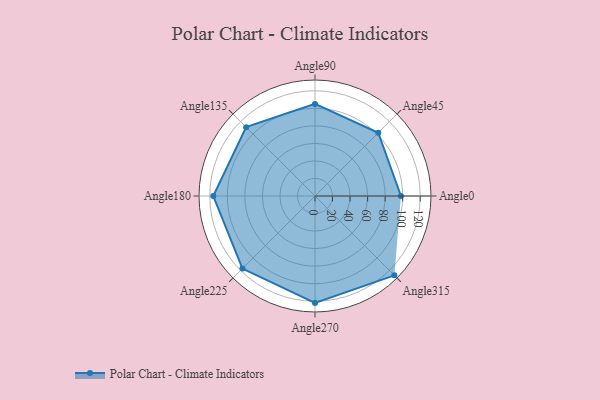
{"axis": {"x": "Angle", "y": "Radius"}, "legend": [""], "data": [{"x": "Angle0", "y": 98.0, "type": ""}, {"x": "Angle45", "y": 102.0, "type": ""}, {"x": "Angle90", "y": 105.0, "type": ""}, {"x": "Angle135", "y": 111.0, "type": ""}, {"x": "Angle180", "y": 116.0, "type": ""}, {"x": "Angle225", "y": 117.0, "type": ""}, {"x": "Angle270", "y": 122.0, "type": ""}, {"x": "Angle315", "y": 128.0, "type": ""}]}